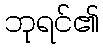
ဘုရင်၏